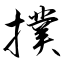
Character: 撲